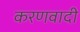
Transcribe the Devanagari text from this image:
करणवादी